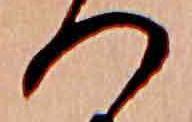
つ